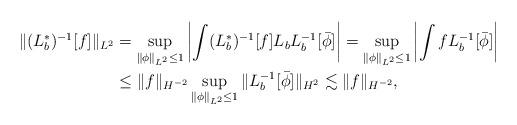
LaTeX: \begin{align*} \|(L^*_b)^{-1}[f]\|_{L^2} &= \sup_{\|\phi\|_{L^2} \le 1} \left|\int (L^*_b)^{-1}[f] L_b L_b^{-1}[\bar \phi] \right| = \sup_{\|\phi\|_{L^2} \le 1} \left|\int f L_b^{-1}[\bar \phi ] \right| \\&\leq \|f\|_{H^{-2}} \sup_{\|\phi\|_{L^2}\le 1} \|L_b^{-1}[\bar \phi ]\|_{H^2} \lesssim \|f\|_{H^{-2}},\end{align*}